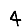
Digit: 4